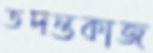
তদন্তকাজ